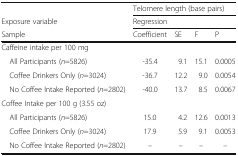
<table><thead><tr><td></td><td colspan="4"><b>Telomere length (base pairs)</b></td></tr><tr><td><b>Exposure variable</b></td><td colspan="4"><b>Regression</b></td></tr><tr><td><b>Sample</b></td><td><b>Coefficient</b></td><td><b>SE</b></td><td><b>F</b></td><td><b>P</b></td></tr></thead><tbody><tr><td colspan="5">Caffeine intake per 100 mg</td></tr><tr><td> All Participants (<i>n</i>=5826)</td><td>-35.4</td><td>9.1</td><td>15.1</td><td>0.0005</td></tr><tr><td> Coffee Drinkers Only (<i>n</i>=3024)</td><td>-36.7</td><td>12.2</td><td>9.0</td><td>0.0054</td></tr><tr><td> No Coffee Intake Reported (<i>n</i>=2802)</td><td>-40.0</td><td>13.7</td><td>8.5</td><td>0.0067</td></tr><tr><td colspan="5">Coffee Intake per 100 g (3.55 oz)</td></tr><tr><td> All Participants (<i>n</i>=5826)</td><td>15.0</td><td>4.2</td><td>12.6</td><td>0.0013</td></tr><tr><td> Coffee Drinkers Only (<i>n</i>=3024)</td><td>17.9</td><td>5.9</td><td>9.1</td><td>0.0053</td></tr><tr><td> No Coffee Intake Reported (<i>n</i>=2802)</td><td>–</td><td>–</td><td>–</td><td>–</td></tr></tbody></table>